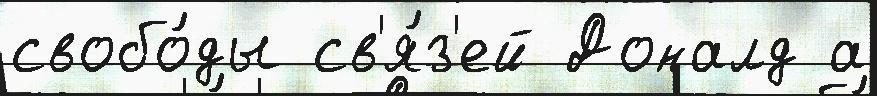
свобо́ды св'я́з'ей Доналд а